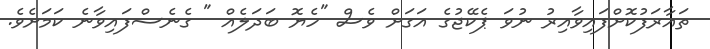
ތައާރަފުކޮށްފައިވާއިރު ނުވަ ޕެކޭޖުގެ އަގަށް ވެސް "ހެޔޮ ބަދަލެއް " ގެނެސްފައިވާނެ ކަމަށެވެ.